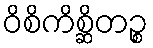
ဝိစိကိစ္ဆိတဉ္စ